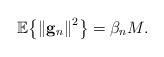
LaTeX: \begin{align*}{\mathbb E}{\left\{ {{{\left\| {{{\bf{g}}_n}} \right\|}^2}} \right\}} = \beta_nM.\end{align*}